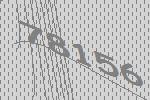
78156